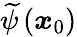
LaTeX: \widetilde{\psi}\left(\boldsymbol{x}_{0}\right)